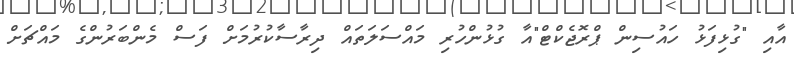
އާއި "ގުޅިފަޅު ހައުސިން ޕްރޮޖެކްޓް"އާ ގުޅުންހުރި މައްސަލަތައް ދިރާސާކުރުމަށް ފަސް މެންބަރުންގެ މައްޗަށް